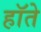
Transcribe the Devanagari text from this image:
हॉते